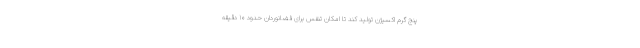
پنج گرم اکسیژن تولید کند تا امکان تنفس برای فضانوردان حدود ۱۰ دقیقه